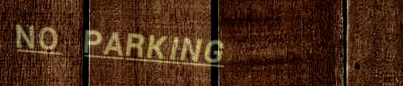
NO PARKING